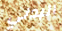
البدني